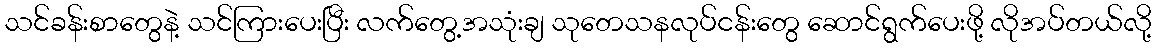
သင်ခန်းစာတွေနဲ့ သင်ကြားပေးပြီး လက်တွေ့အသုံးချ သုတေသနလုပ်ငန်းတွေ ဆောင်ရွက်ပေးဖို့ လိုအပ်တယ်လို့